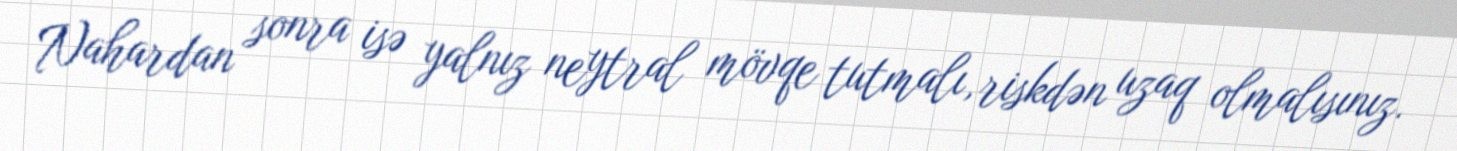
Nahardan sonra isə yalnız neytral mövqe tutmalı, riskdən uzaq olmalısınız.